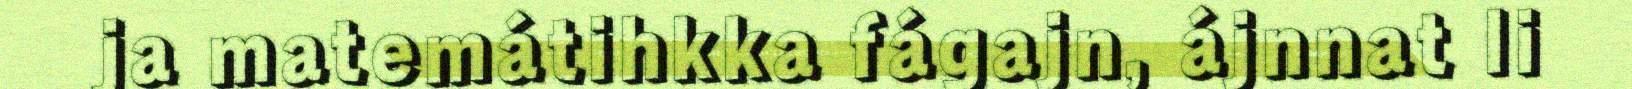
ja matemátihkka fágajn, ájnnat li